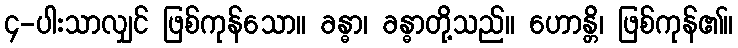
၄-ပါးသာလျှင် ဖြစ်ကုန်သော။ ခန္ဓာ၊ ခန္ဓာတို့သည်။ ဟောန္တိ၊ ဖြစ်ကုန်၏။